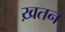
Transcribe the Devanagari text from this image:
ख़तन